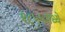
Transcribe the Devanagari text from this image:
१८५५मध्ये